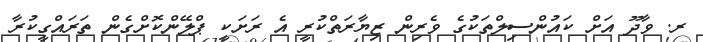
ރ. ވާދޫ އަށް ކައުންސިލްތަކުގެ ވެރިން ޒިޔާރަތްކުރީ އެ ރަށަކީ ޕްލޭންކޮށްގެން ތަރައްގީކުރާ